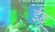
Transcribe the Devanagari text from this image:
ईद्दू